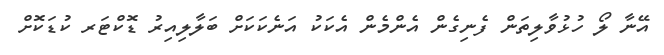
އޭނާ ލޯ ހުޅުވާލިތަން ފެނިގެން އެންމެން އެކަކު އަނެކަކަށް ބަލާލިއިރު ޑޮކްޓަރ ކުޑަކޮށް